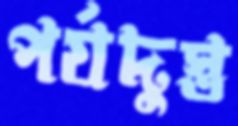
পর্যদুস্ত